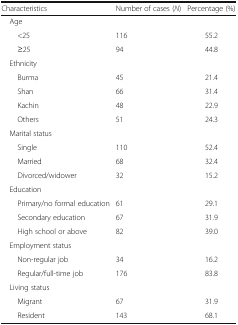
<table><thead><tr><td><b>Characteristics</b></td><td><b>Number of cases (<i>N</i>)</b></td><td><b>Percentage (%)</b></td></tr></thead><tbody><tr><td colspan="3"> Age</td></tr><tr><td>&lt;25</td><td>116</td><td>55.2</td></tr><tr><td>≥25</td><td>94</td><td>44.8</td></tr><tr><td colspan="3"> Ethnicity</td></tr><tr><td>Burma</td><td>45</td><td>21.4</td></tr><tr><td>Shan</td><td>66</td><td>31.4</td></tr><tr><td>Kachin</td><td>48</td><td>22.9</td></tr><tr><td>Others</td><td>51</td><td>24.3</td></tr><tr><td colspan="3"> Marital status</td></tr><tr><td>Single</td><td>110</td><td>52.4</td></tr><tr><td>Married</td><td>68</td><td>32.4</td></tr><tr><td>Divorced/widower</td><td>32</td><td>15.2</td></tr><tr><td colspan="3"> Education</td></tr><tr><td>Primary/no formal education</td><td>61</td><td>29.1</td></tr><tr><td>Secondary education</td><td>67</td><td>31.9</td></tr><tr><td>High school or above</td><td>82</td><td>39.0</td></tr><tr><td colspan="3"> Employment status</td></tr><tr><td>Non-regular job</td><td>34</td><td>16.2</td></tr><tr><td>Regular/full-time job</td><td>176</td><td>83.8</td></tr><tr><td colspan="3"> Living status</td></tr><tr><td>Migrant</td><td>67</td><td>31.9</td></tr><tr><td>Resident</td><td>143</td><td>68.1</td></tr></tbody></table>